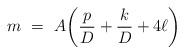
LaTeX: \begin{align*}m \ =\ A\bigg(\frac{p}{D} + \frac{k}{D} + 4\ell\bigg)\end{align*}